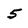
Character: 5